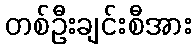
တစ်ဦးချင်းစီအား